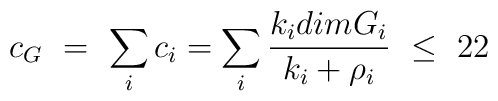
c_G\ =\ \sum _i c_i = \sum _i {{k_idimG_i}\over {k_i+ \rho_i}}\ \leq \ 22